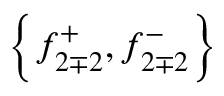
\left\{ f _ { 2 \mp 2 } ^ { + } , f _ { 2 \mp 2 } ^ { - } \right\}